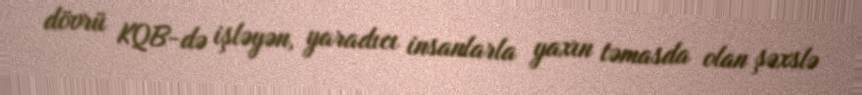
dövrü KQB-də işləyən, yaradıcı insanlarla yaxın təmasda olan şəxslə